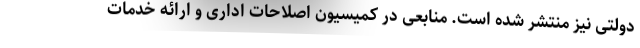
دولتی نیز منتشر شده است. منابعی در کمیسیون اصلاحات اداری و ارائه خدمات